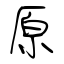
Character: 原